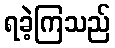
ရခဲ့ကြသည်